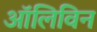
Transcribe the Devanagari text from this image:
ऑलिविन